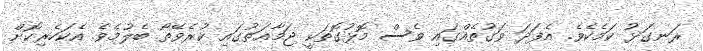
ރަނގަޅު ކަމެކެވެ. އެފަދަ ވަގުތެއްގައި ވެސް މޮޅުގޮތަކީ ޖަމާޢަތުގައި ކުރެވޭތޯ ބެލުމެވެ. އެކަހެރިކޮށް